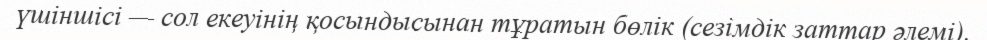
үшіншісі — сол екеуінің қосындысынан тұратын бөлік (сезімдік заттар әлемі).